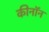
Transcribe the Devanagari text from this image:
कीनॉन